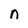
Character: n